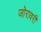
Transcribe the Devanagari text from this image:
जोरावरी